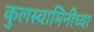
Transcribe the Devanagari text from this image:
कुलस्वामिनीच्या